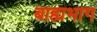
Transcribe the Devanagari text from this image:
बाह्यभाग